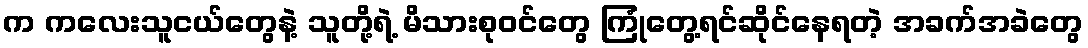
က ကလေးသူငယ်တွေနဲ့ သူတို့ရဲ့ မိသားစုဝင်တွေ ကြုံတွေ့ရင်ဆိုင်နေရတဲ့ အခက်အခဲတွေ